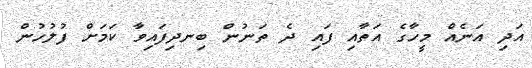
އަދި އަނެއް މީހާގެ އަތާއި ފައި ދެ ތަނުން ބިނދިފައިވާ ކަމަށް ފުލުހުން